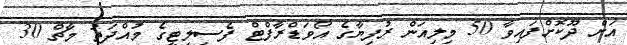
އަށް ދޫކޮށްފައިވާ 50 މިލިއަން ރުފިޔާގެ އޯވަޑްރާފްޓް ފެސިލިޓީގެ މުއްދަތު މާޗް 30